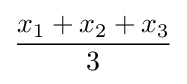
{\frac {x_{1}+x_{2}+x_{3}}{3}}